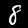
Label: 8